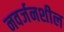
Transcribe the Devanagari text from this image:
नवर्जनशील